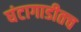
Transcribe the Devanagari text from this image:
घंटागाडीतच